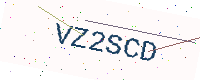
Text: VZ2SCD